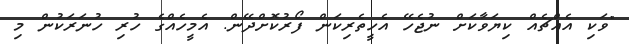
"ވަކި އެއްޗެއް ކިޔަވާކަށް ނުޖެހޭ އެހީތެރިކަން ފޯރުކޮށްދޭން. އެމީހެއްގެ ހުރި ހުނަރަކުން މި